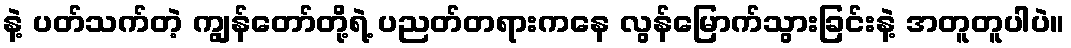
နဲ့ ပတ်သက်တဲ့ ကျွန်တော်တို့ရဲ့ ပညတ်တရားကနေ လွန်မြောက်သွားခြင်းနဲ့ အတူတူပါပဲ။